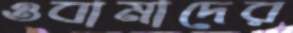
ওবামাদের